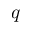
q